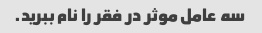
سه عامل موثر در فقر را نام ببرید.